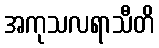
အကုသလရာသီတိ